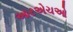
આરએચઓ